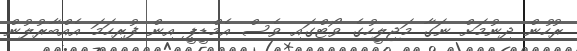
ރުހުން ދިނުމަށް ނަގާ މަޖިލީހުގެ ވޯޓްގައި ވެސް އެމްޑީޕީ އިން ފުރިހަމަ އެއްބާރުލުން